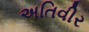
અતિવીર